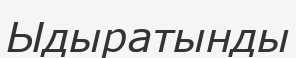
Ыдыратынды